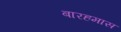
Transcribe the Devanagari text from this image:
बारहमास